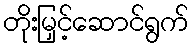
တိုးမြှင့်ဆောင်ရွက်